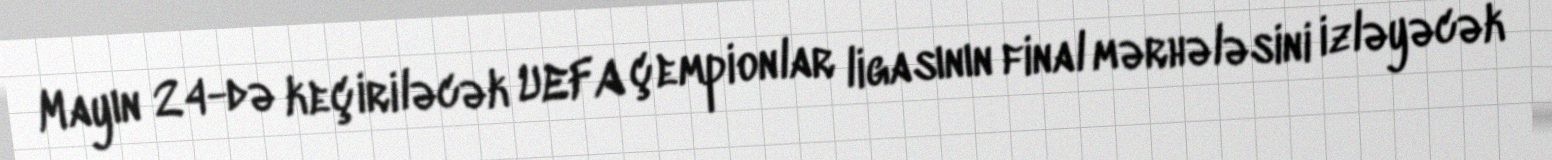
Mayın 24-də keçiriləcək UEFA çempionlar ligasının final mərhələsini izləyəcək